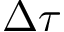
\Delta \tau